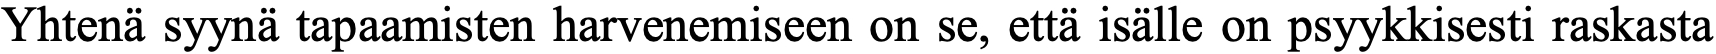
Yhtenä syynä tapaamisten harvenemiseen on se, että isälle on psyykkisesti raskasta